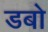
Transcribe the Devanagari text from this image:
डबो